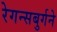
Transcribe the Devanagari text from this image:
रेगन्सबुर्गने